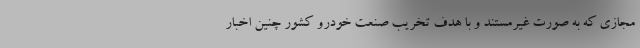
مجازی که به صورت غیرمستند و با هدف تخریب صنعت خودرو کشور چنین اخبار